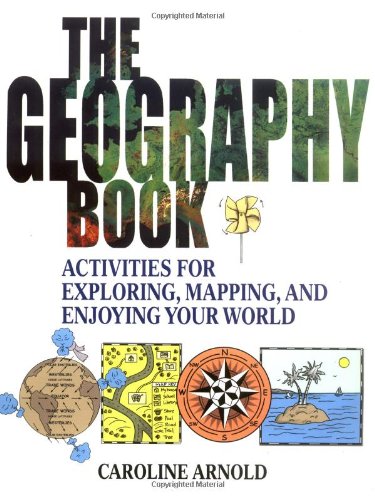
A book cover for The Geography Book: Activities for Exploring, Mapping, and Enjoying Your World; Caroline Arnold; Children's Books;